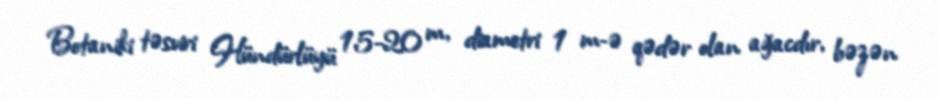
Botaniki təsviri Hündürlüyü 15-20 m, diametri 1 m-ə qədər olan ağacdır, bəzən